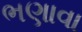
ભણાવા